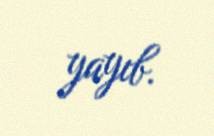
yayıb.